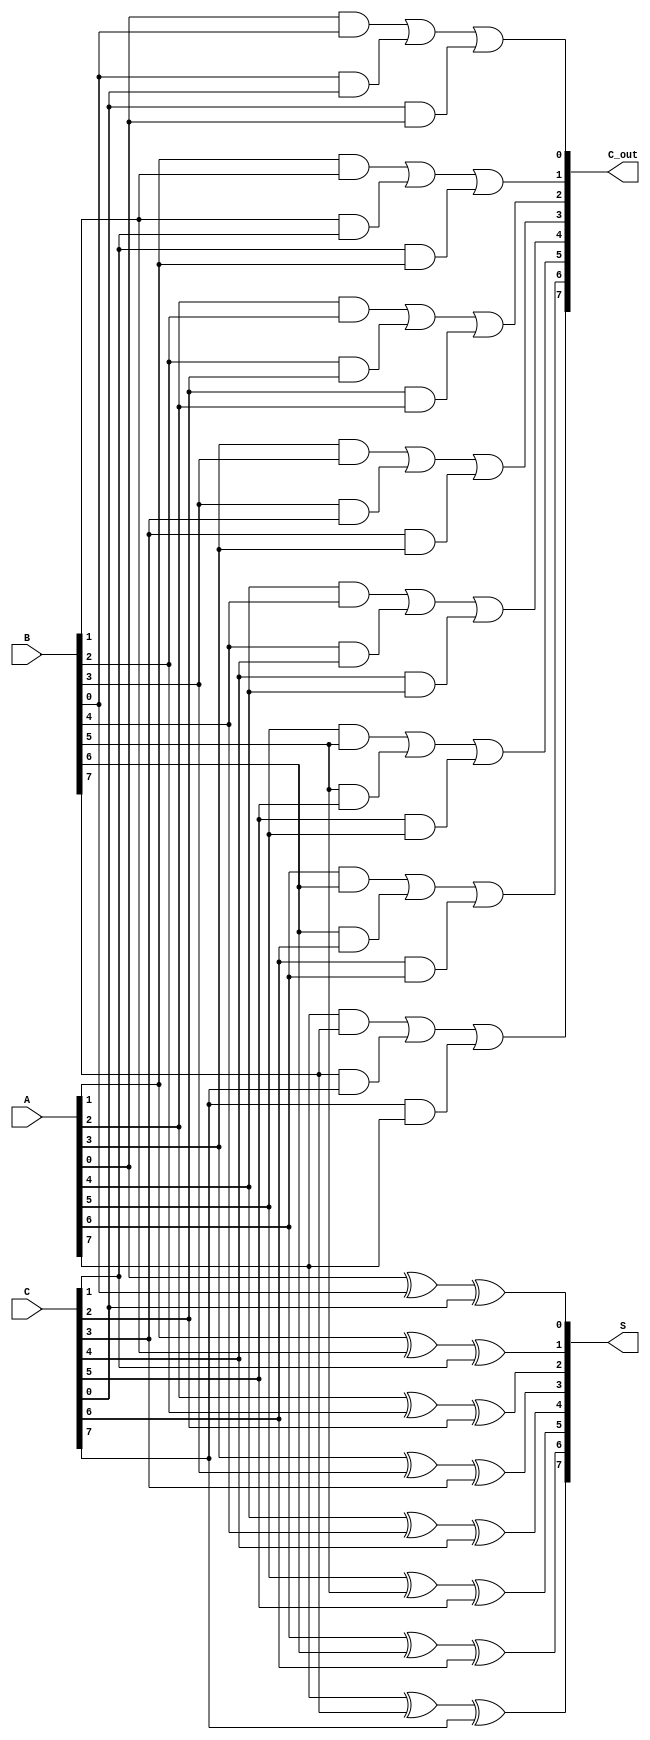
module RippleCarrySaveAdder #(parameter n = 8) (
    input  [n-1:0] A,  // First input
    input  [n-1:0] B,  // Second input
    input  [n-1:0] C,  // Third input
    output [n-1:0] S,  // Partial sum output
    output [n-1:0] C_out // Carry output
);

    // Intermediate signals for carry and sum
    wire [n-1:0] P; // Partial sums
    wire [n-1:0] C_temp; // Intermediate carries

    // Generate partial sums and carries
    genvar i;
    generate
        for (i = 0; i < n; i = i + 1) begin : rCSA
            // Partial sum at bit position i
            assign P[i] = A[i] ^ B[i] ^ C[i];

            // Carry generation
            assign C_temp[i] = (A[i] & B[i]) | (B[i] & C[i]) | (C[i] & A[i]);
        end
    endgenerate

    // Assign the final sum and carry outputs
    assign S = P; // Final partial sum output
    assign C_out = C_temp; // Final carry output

endmodule